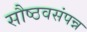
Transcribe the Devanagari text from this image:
सौष्ठवसंपन्न